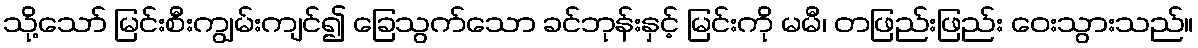
သို့သော် မြင်းစီးကျွမ်းကျင်၍ ခြေသွက်သော ခင်ဘုန်းနှင့် မြင်းကို မမီ၊ တဖြည်းဖြည်း ဝေးသွားသည်။